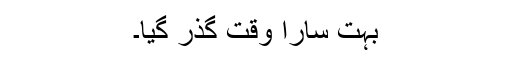
بہت سارا وقت گذر گیا۔